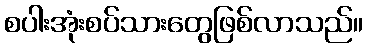
စပါးအုံးစပ်သားတွေဖြစ်လာသည်။